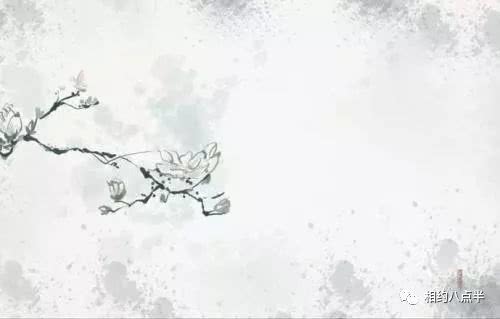
砧面莹，杵声齐。捣就征衣泪墨题。